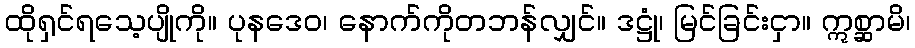
ထိုရှင်ရသေ့ပျိုကို။ ပုနဒေဝ၊ နောက်ကိုတဘန်လျှင်။ ဒဋ္ဌုံ၊ မြင်ခြင်းငှာ။ ဣစ္ဆာမိ၊